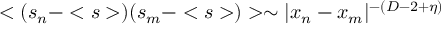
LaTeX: < ( s _ { n } - < s > ) ( s _ { m } - < s > ) > \sim | x _ { n } - x _ { m } | ^ { - ( D - 2 + \eta ) }